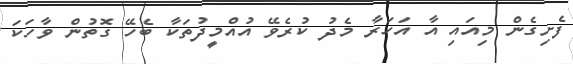
ފެށިގެން މިއައި އާ އަހަރާ މެދު ކުރެވޭ އުއްމީދުތަކާ ބެހޭ ގޮތުން ވާހަކަ